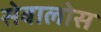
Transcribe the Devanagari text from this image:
सेबालोस